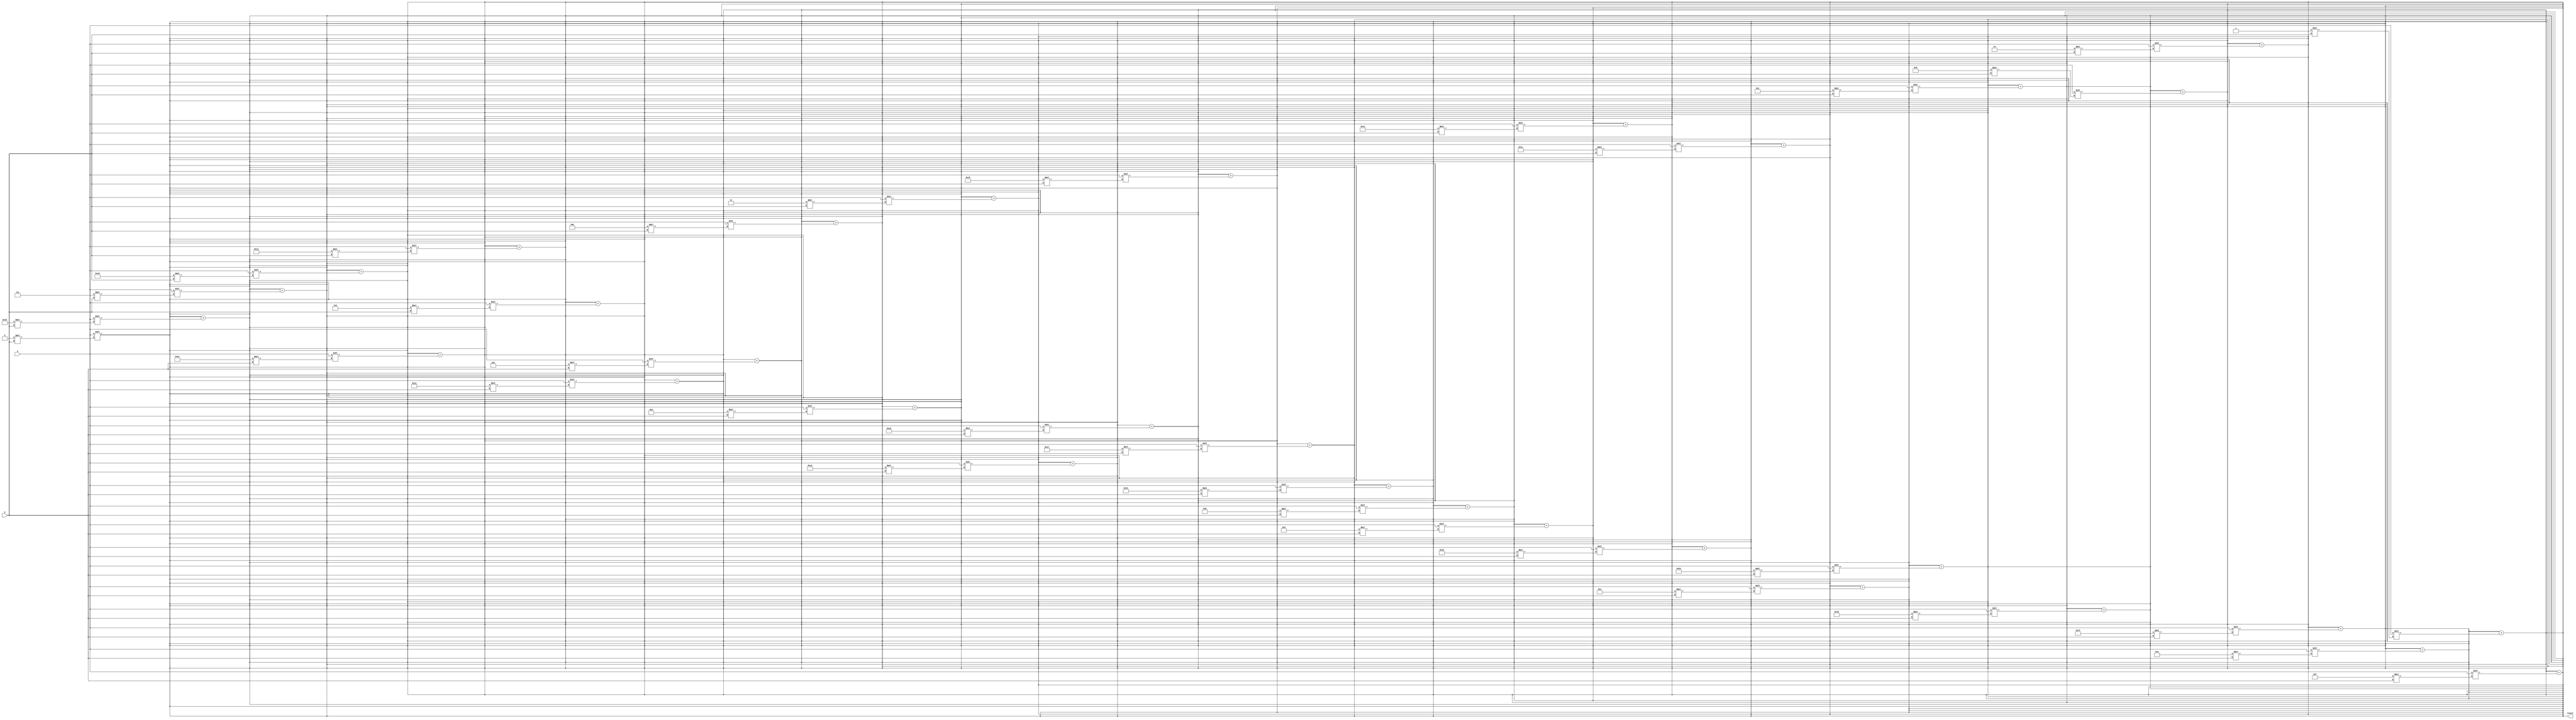
module carry_save_multiplier (
  input wire [31:0] a,
  input wire [31:0] b,
  output reg [63:0] result
);

wire [63:0] partial_products [31:0];
wire [63:0] sum;

// Calculate partial products
genvar i;
generate
  for (i = 0; i < 32; i = i + 1) begin
    assign partial_products[i] = a << i * b;
  end
endgenerate

// Accumulate partial products using carry-save adders
assign sum = partial_products[0];
generate
  for (i = 1; i < 32; i = i + 1) begin
    assign sum = sum + partial_products[i];
  end
endgenerate

// Assign result
always @ (*) begin
  result = sum;
end

endmodule